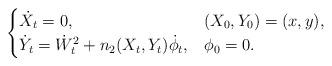
LaTeX: \begin{align*}\begin{cases} \dot{X}_t = 0, & (X_0,Y_0) = (x,y),\\ \dot{Y}_t = \dot{W}_t^2 + n_2(X_t,Y_t) \dot{\phi}_t, & \phi_0 = 0.\end{cases}\end{align*}